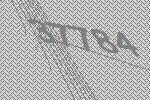
37784